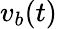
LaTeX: v_{b}(t)